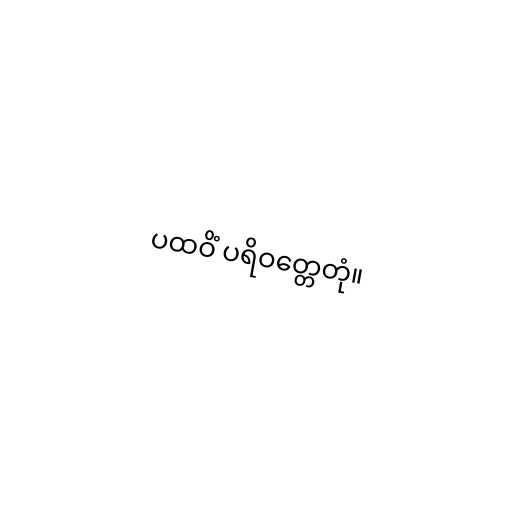
ပထဝိံ ပရိဝတ္တေတုံ။